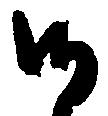
候